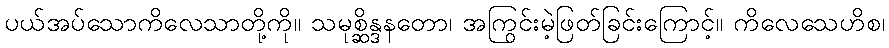
ပယ်အပ်သောကိလေသာတို့ကို။ သမုစ္ဆိန္ဒနတော၊ အကြွင်းမဲ့ဖြတ်ခြင်းကြောင့်။ ကိလေသေဟိစ၊